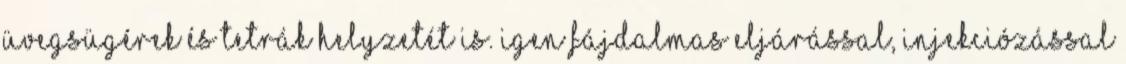
üvegsügérek és tetrák helyzetét is. Igen fájdalmas eljárással, injekciózással